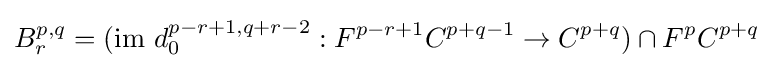
B_{r}^{p,q}=({\mbox{im }}d_{0}^{p-r+1,q+r-2}:F^{p-r+1}C^{p+q-1}\rightarrow C^{p+q})\cap F^{p}C^{p+q}